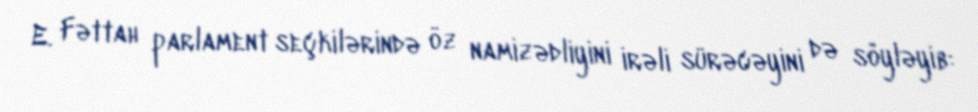
E. Fəttah parlament seçkilərində öz namizədliyini irəli sürəcəyini də söyləyib: